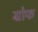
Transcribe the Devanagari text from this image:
ग्रोफ